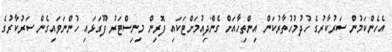
އެހެންކަމުން ސަރުކާރުގެ ހުދުމުހުތާރުކަން އިންތިހާއަށް ގެންދިއުމަށްޓަަކައި ފޮރިން މިނިސްޓަރު ފޫގަޅައި ހުންނަވައިގެން ސަރުކާރުގެ